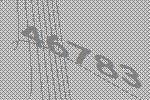
46783